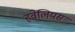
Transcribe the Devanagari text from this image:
हवेलियस